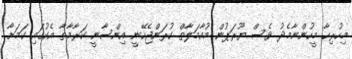
މިހުރިހާ މީހުންނާމެދު ވެސް ޔޫރަޕުން މުއާމަލާތް ކުރަންޖެހޭނީ އިންސާނީ ކަރާމާތާ އެކުގައި ކަމަށާ